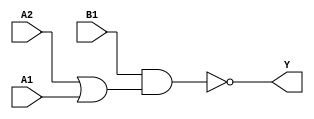
module sky130_fd_sc_ls__o21ai (
    Y ,
    A1,
    A2,
    B1
);

    // Module ports
    output Y ;
    input  A1;
    input  A2;
    input  B1;

    // Local signals
    wire or0_out    ;
    wire nand0_out_Y;

    //   Name   Output       Other arguments
    or   or0   (or0_out    , A2, A1         );
    nand nand0 (nand0_out_Y, B1, or0_out    );
    buf  buf0  (Y          , nand0_out_Y    );

endmodule